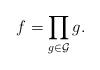
LaTeX: \begin{align*}f=\prod_{g\in\mathcal G} g.\end{align*}